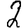
Digit: 2